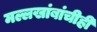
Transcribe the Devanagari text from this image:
मल्लखांबांचीही